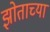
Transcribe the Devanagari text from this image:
झोताच्या